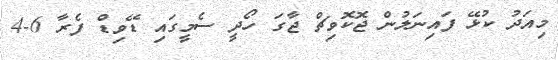
މިއަދު ކުޅޭ ފައިނަލުން ޖޮކޮވިޗް ޖާގަ ހޯދީ ސެމީގައި ޑޭވިޑް ފެރާ 6-4